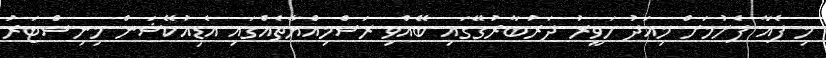
މި ފެއާ ފެށުމަށް މިއަދު ހަވީރު ދަރުބާރުގޭގައި ބޭއްވި ރަސްމިއްޔާތެއްގައި އެޑިއުކޭޝަން މިނިސްޓަރު